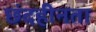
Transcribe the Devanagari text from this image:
छंदहीनता